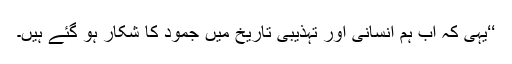
‘‘یہی کہ اب ہم انسانی اور تہذیبی تاریخ میں جمود کا شکار ہو گئے ہیں۔